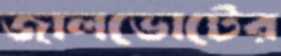
জালভোটের